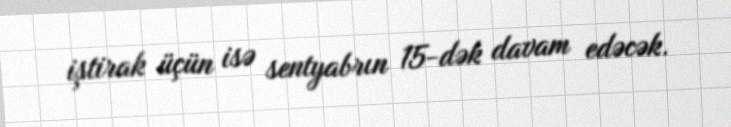
iştirak üçün isə sentyabrın 15-dək davam edəcək.